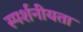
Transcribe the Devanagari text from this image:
स्पर्शनीयता